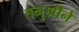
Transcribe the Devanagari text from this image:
तनुश्रीने